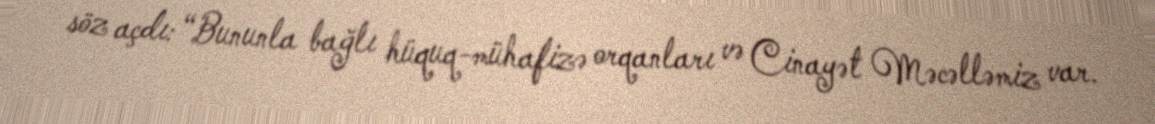
söz açdı: “Bununla bağlı hüquq-mühafizə orqanları və Cinayət Məcəlləmiz var.